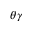
\theta \gamma